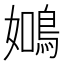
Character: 𬷑